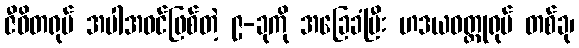
ဇီဝိတရုပ် အပါအဝင်ဖြစ်တဲ့ ၉-ခုကို အခြေခံပြီး ဟဒယဝတ္ထုရုပ် တစ်ခု၊